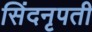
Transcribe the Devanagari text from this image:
सिंदनृपती